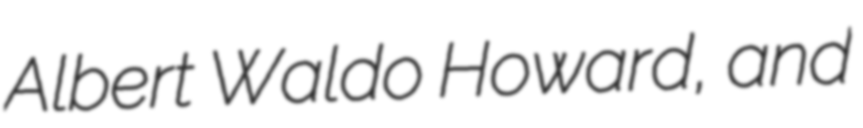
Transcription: Albert Waldo Howard, and